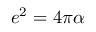
e ^ { 2 } = 4 \pi \alpha